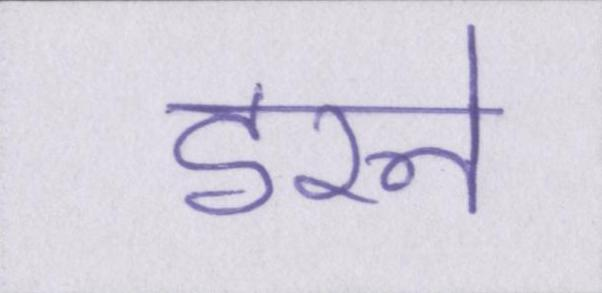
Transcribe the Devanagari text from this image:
डरने